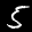
Label: 5